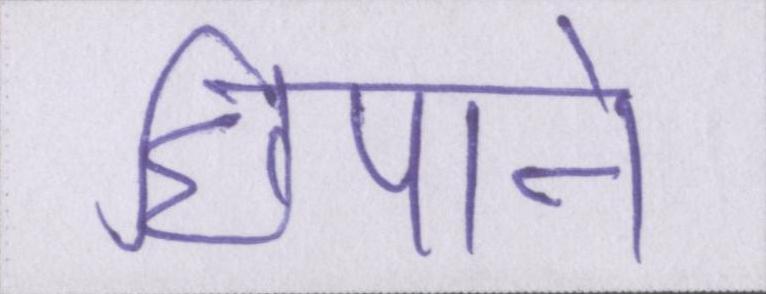
छिपाने